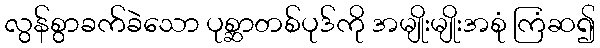
လွန်စွာခက်ခဲသော ပုစ္ဆာတစ်ပုဒ်ကို အမျိုးမျိုးအစုံ ကြံဆ၍